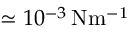
\simeq 1 0 ^ { - 3 } \, \mathrm { { N m ^ { - 1 } } }